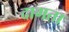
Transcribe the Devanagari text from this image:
दागता